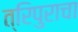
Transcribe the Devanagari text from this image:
त्रिपुराचा